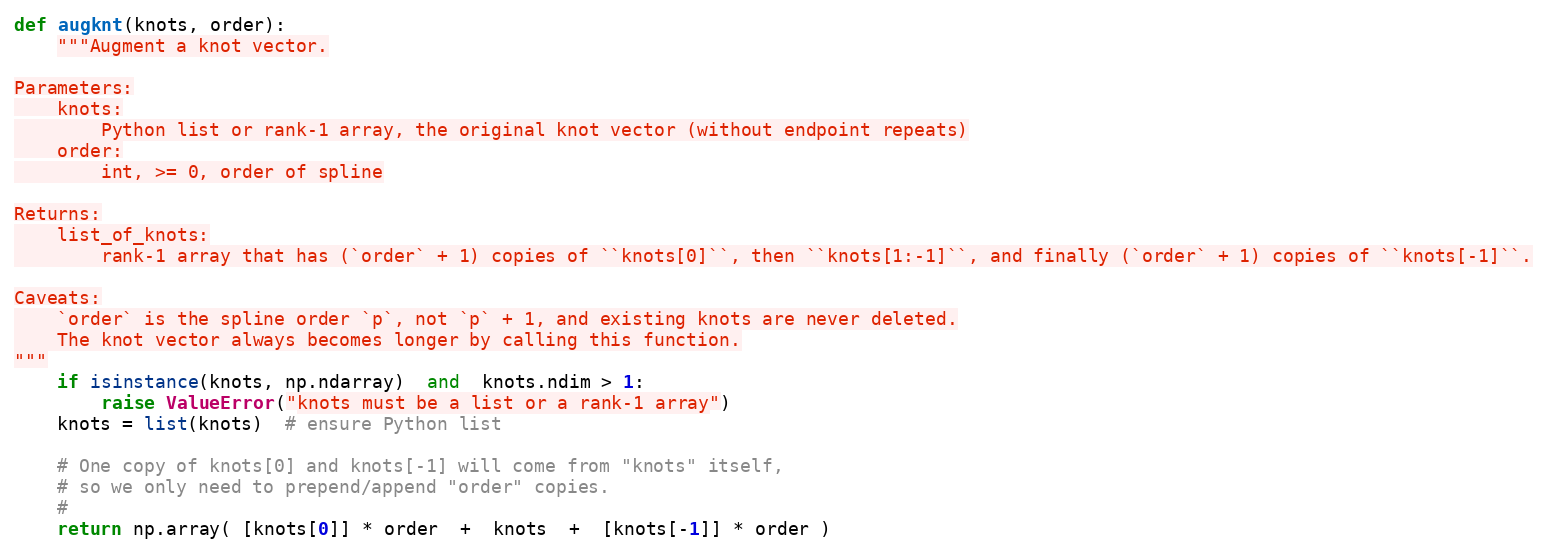
Language: Python
def augknt(knots, order):
    """Augment a knot vector.

Parameters:
    knots:
        Python list or rank-1 array, the original knot vector (without endpoint repeats)
    order:
        int, >= 0, order of spline

Returns:
    list_of_knots:
        rank-1 array that has (`order` + 1) copies of ``knots[0]``, then ``knots[1:-1]``, and finally (`order` + 1) copies of ``knots[-1]``.

Caveats:
    `order` is the spline order `p`, not `p` + 1, and existing knots are never deleted.
    The knot vector always becomes longer by calling this function.
"""
    if isinstance(knots, np.ndarray)  and  knots.ndim > 1:
        raise ValueError("knots must be a list or a rank-1 array")
    knots = list(knots)  # ensure Python list

    # One copy of knots[0] and knots[-1] will come from "knots" itself,
    # so we only need to prepend/append "order" copies.
    #
    return np.array( [knots[0]] * order  +  knots  +  [knots[-1]] * order )